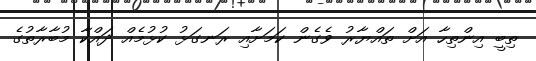
ތިބީ އިންތިހާ އަށް ތައްޔާރު ވެގެން ކަމަށާއި ރަނގަޅު ކުޅުމެއް ދައްކާ މުބާރާތުގެ